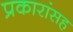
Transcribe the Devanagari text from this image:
प्रकारांसह